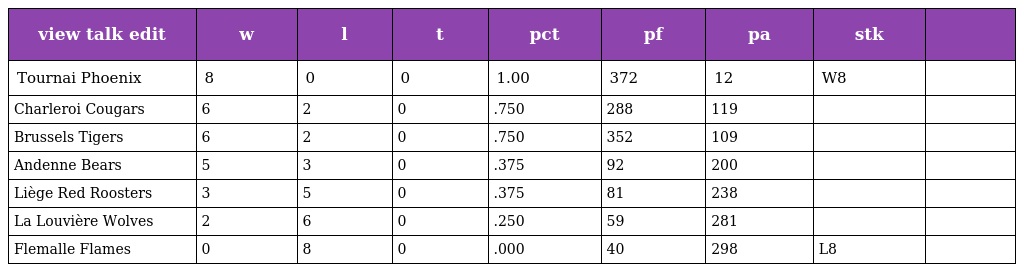
| view talk edit | w | l | t | pct | pf | pa | stk |  |
 | --- | --- | --- | --- | --- | --- | --- | --- | --- |
 | Tournai Phoenix | 8 | 0 | 0 | 1.00 | 372 | 12 | W8 |  |
 | Charleroi Cougars | 6 | 2 | 0 | .750 | 288 | 119 |  |  |
 | Brussels Tigers | 6 | 2 | 0 | .750 | 352 | 109 |  |  |
 | Andenne Bears | 5 | 3 | 0 | .375 | 92 | 200 |  |  |
 | Liège Red Roosters | 3 | 5 | 0 | .375 | 81 | 238 |  |  |
 | La Louvière Wolves | 2 | 6 | 0 | .250 | 59 | 281 |  |  |
 | Flemalle Flames | 0 | 8 | 0 | .000 | 40 | 298 | L8 |  |